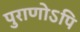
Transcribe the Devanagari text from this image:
पुराणोऽपि